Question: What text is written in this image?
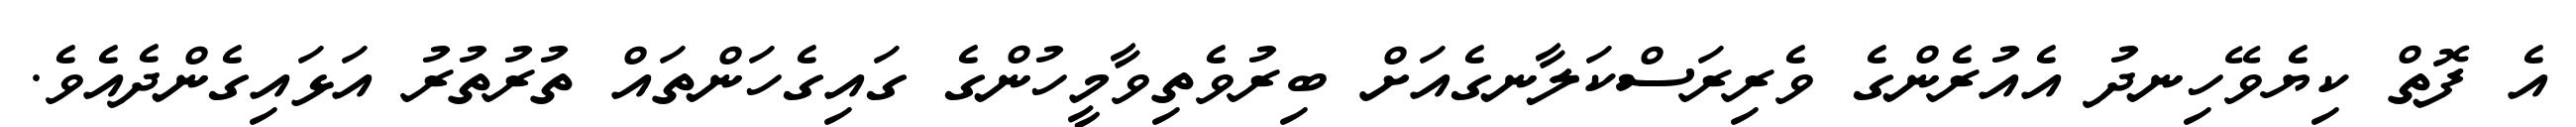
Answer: އެ ފޮތް ކިޔެވޭހިނދު އެއުރެންގެ ވެރިރަސްކަލާނގެއަށް ބިރުވެތިވާމީހުންގެ ގައިގެހަންތައް ތުރުތުރު އަޅައިގެންދެއެވެ.